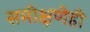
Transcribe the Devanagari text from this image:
समीक्षणेही